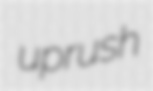
uprush